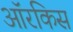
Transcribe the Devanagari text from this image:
ऑरकिस